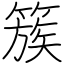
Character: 簇